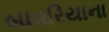
બાવરિયાના